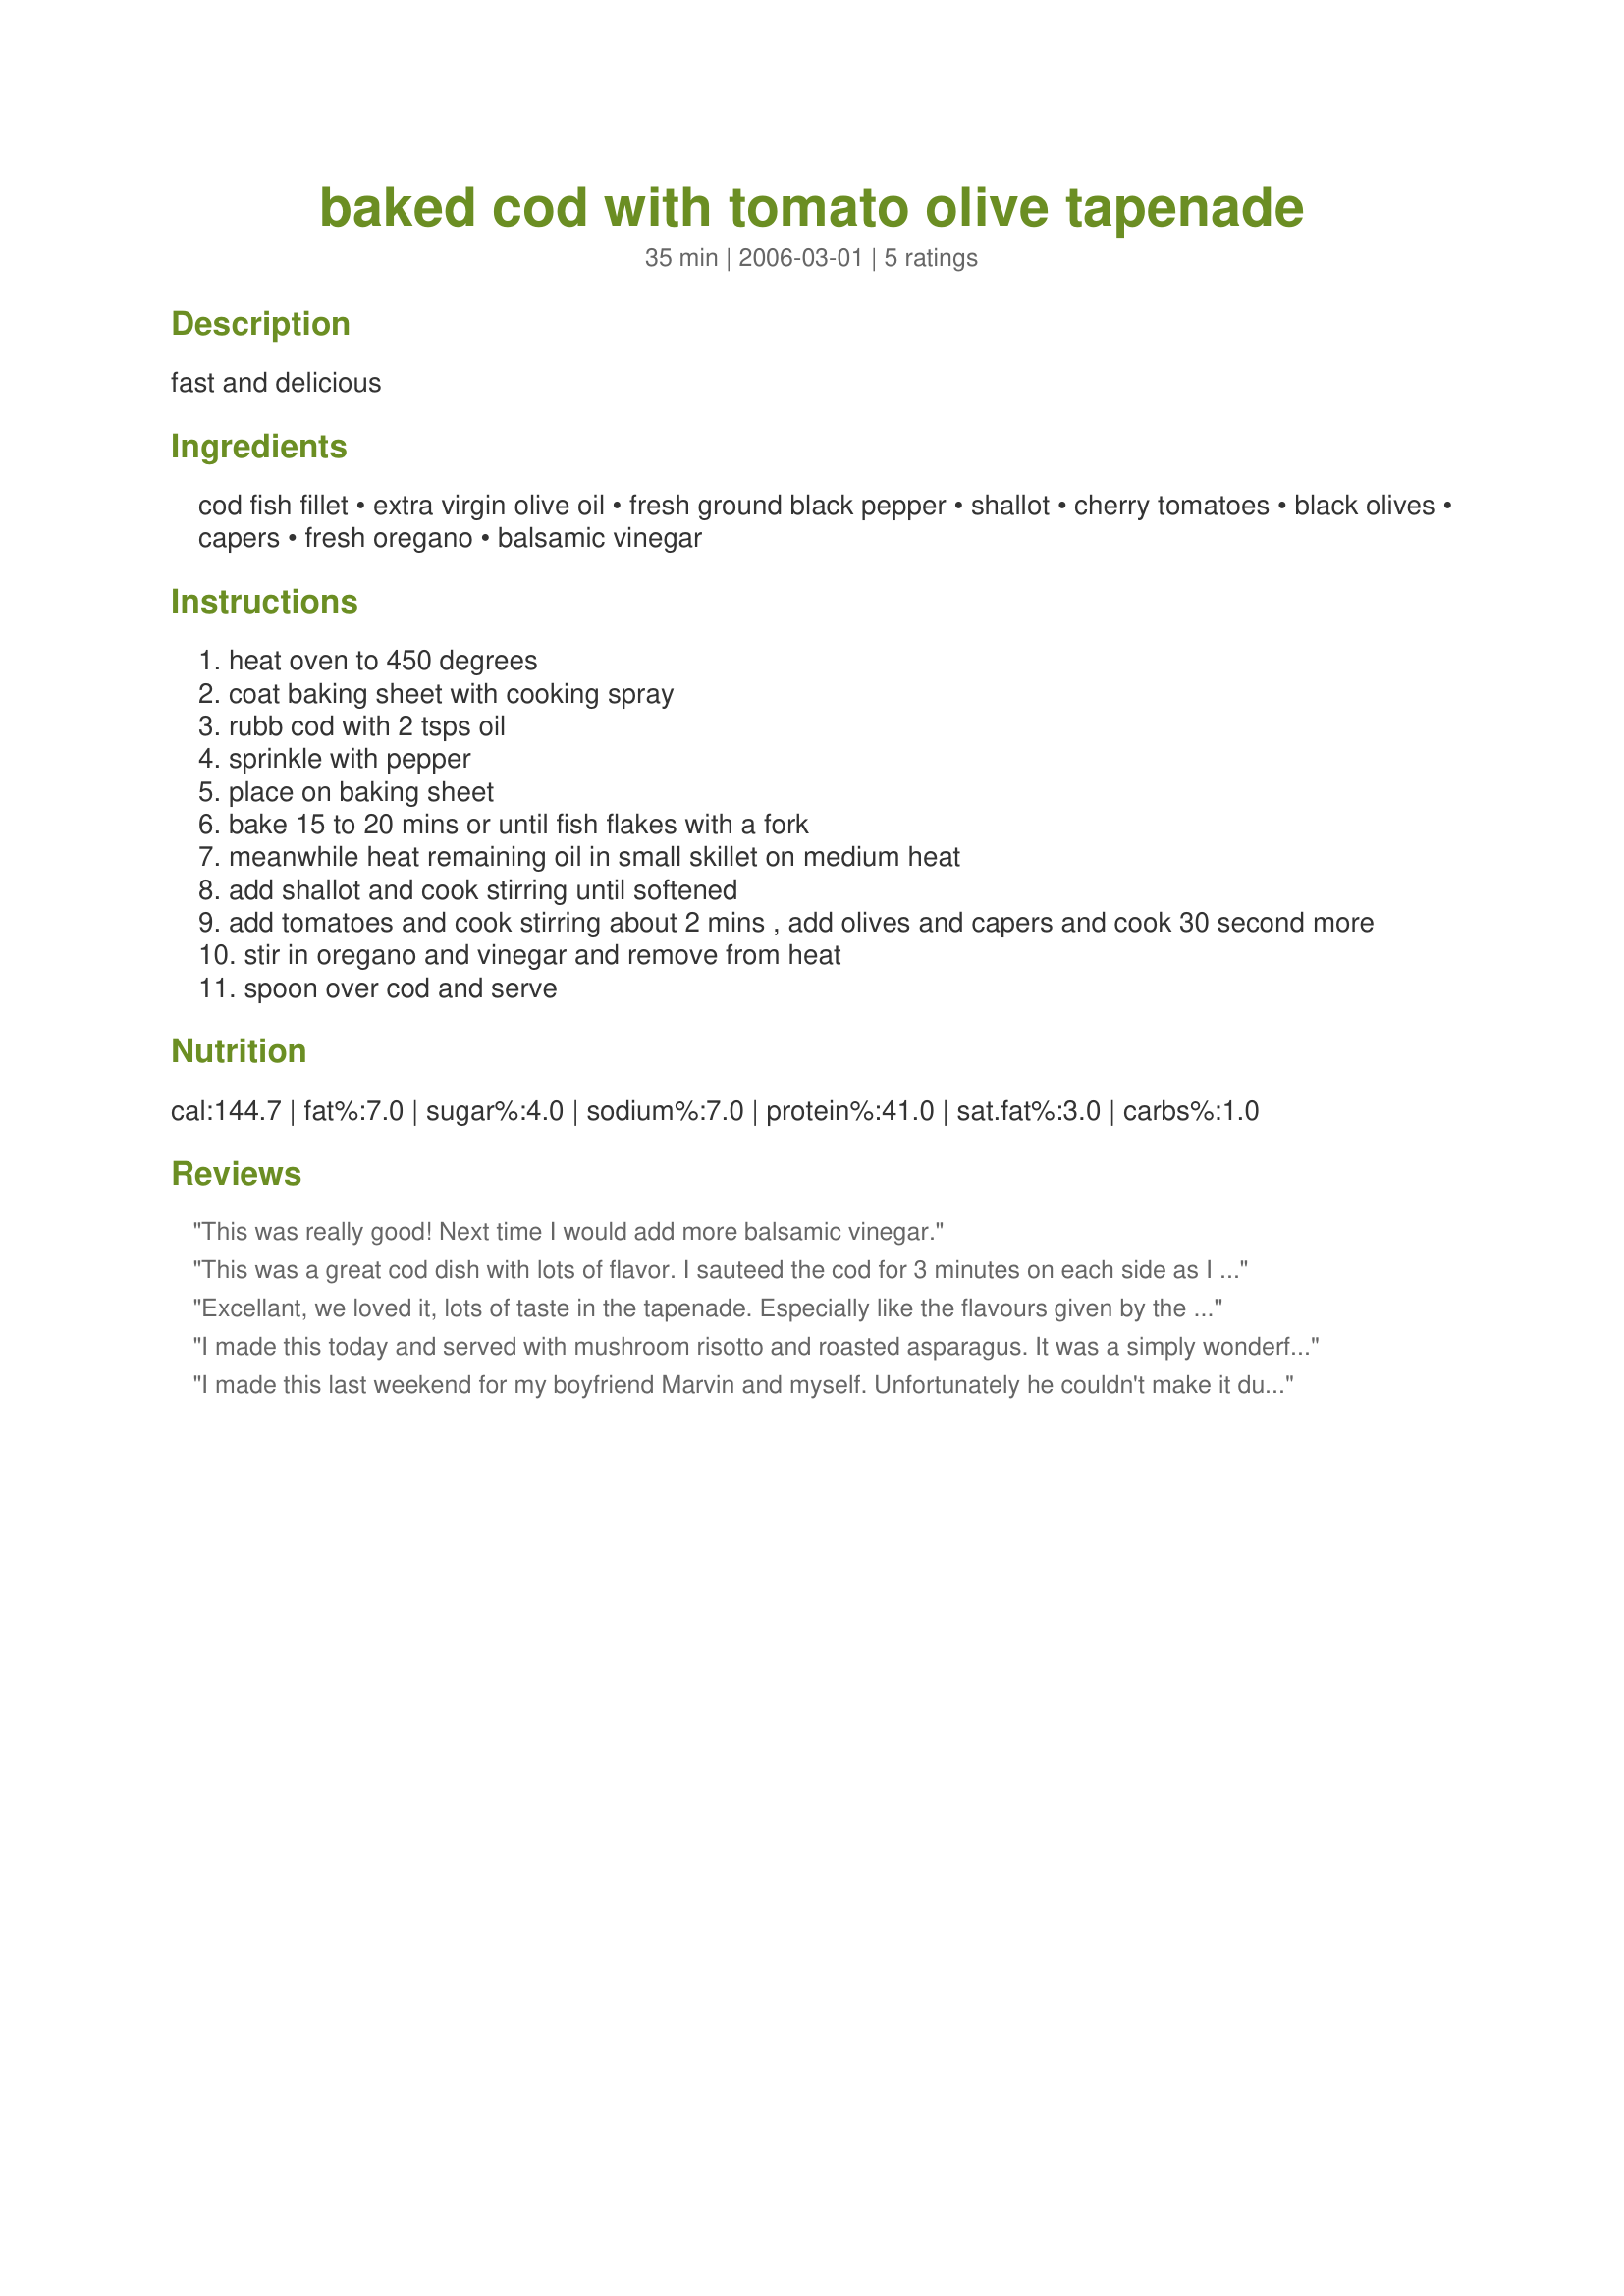
baked cod with tomato olive tapenade
Preparation time: 35 minutes

fast and delicious

Ingredients:
cod fish fillet, extra virgin olive oil, fresh ground black pepper, shallot, cherry tomatoes, black olives, capers, fresh oregano, balsamic vinegar

Steps:
heat oven to 450 degrees
coat baking sheet with cooking spray
rubb cod with 2 tsps oil
sprinkle with pepper
place on baking sheet
bake 15 to 20 mins or until fish flakes with a fork
meanwhile heat remaining oil in small skillet on medium heat
add shallot and cook stirring until softened
add tomatoes and cook stirring about 2 mins , add olives and capers and cook 30 second more
stir in oregano and vinegar and remove from heat
spoon over cod and serve

Reviews:
This was really good! Next time I would add more balsamic vinegar.
This was a great cod dish with lots of flavor. I sauteed the cod for 3 minutes on each side as I didn't want to heat up the house using the oven to bake it - too hot right now in July. The tapenade is delicious and really goes well with the cod.
Excellant, we loved it, lots of taste in the tapenade. Especially like the flavours given by the capers and balsamic vinegar, great combination with the olives and tomatoes. We will be making this again, thanks for sharing.
I made this today and served with mushroom risotto and roasted asparagus. It was a simply wonderful lunch! I prepared the fish a bit differently - I seasoned the cod with salt and pepper and let it sit in the fridge overnight. Just before baking, I topped it with bits of butter, panko, parsley and smoked paprika. I baked for 20 min at 425 F. I made the sauce pretty much as directed (didn't really measure) but with yellow onions, mixed olives, dried oregano and more balsamic vinegar. I served the fish over the tapÃ©nade - it was a terrific combination. Thanks June for posting this recipe!
I made this last weekend for my boyfriend Marvin and myself. Unfortunately he couldn't make it due to the extreme flooding and the expressways were backed up for miles. So I enjoyed every bite of this delicious meal myself. What a treat. Thanks for posting. Melody A.
